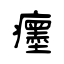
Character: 癦